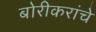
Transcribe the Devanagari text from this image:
बोरीकरांचे